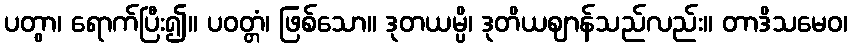
ပတွာ၊ ရောက်ပြီး၍။ ပဝတ္တံ၊ ဖြစ်သော။ ဒုတယမ္ပိ၊ ဒုတိယဈာန်သည်လည်း။ တာဒိသမေဝ၊